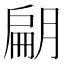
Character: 𭨿